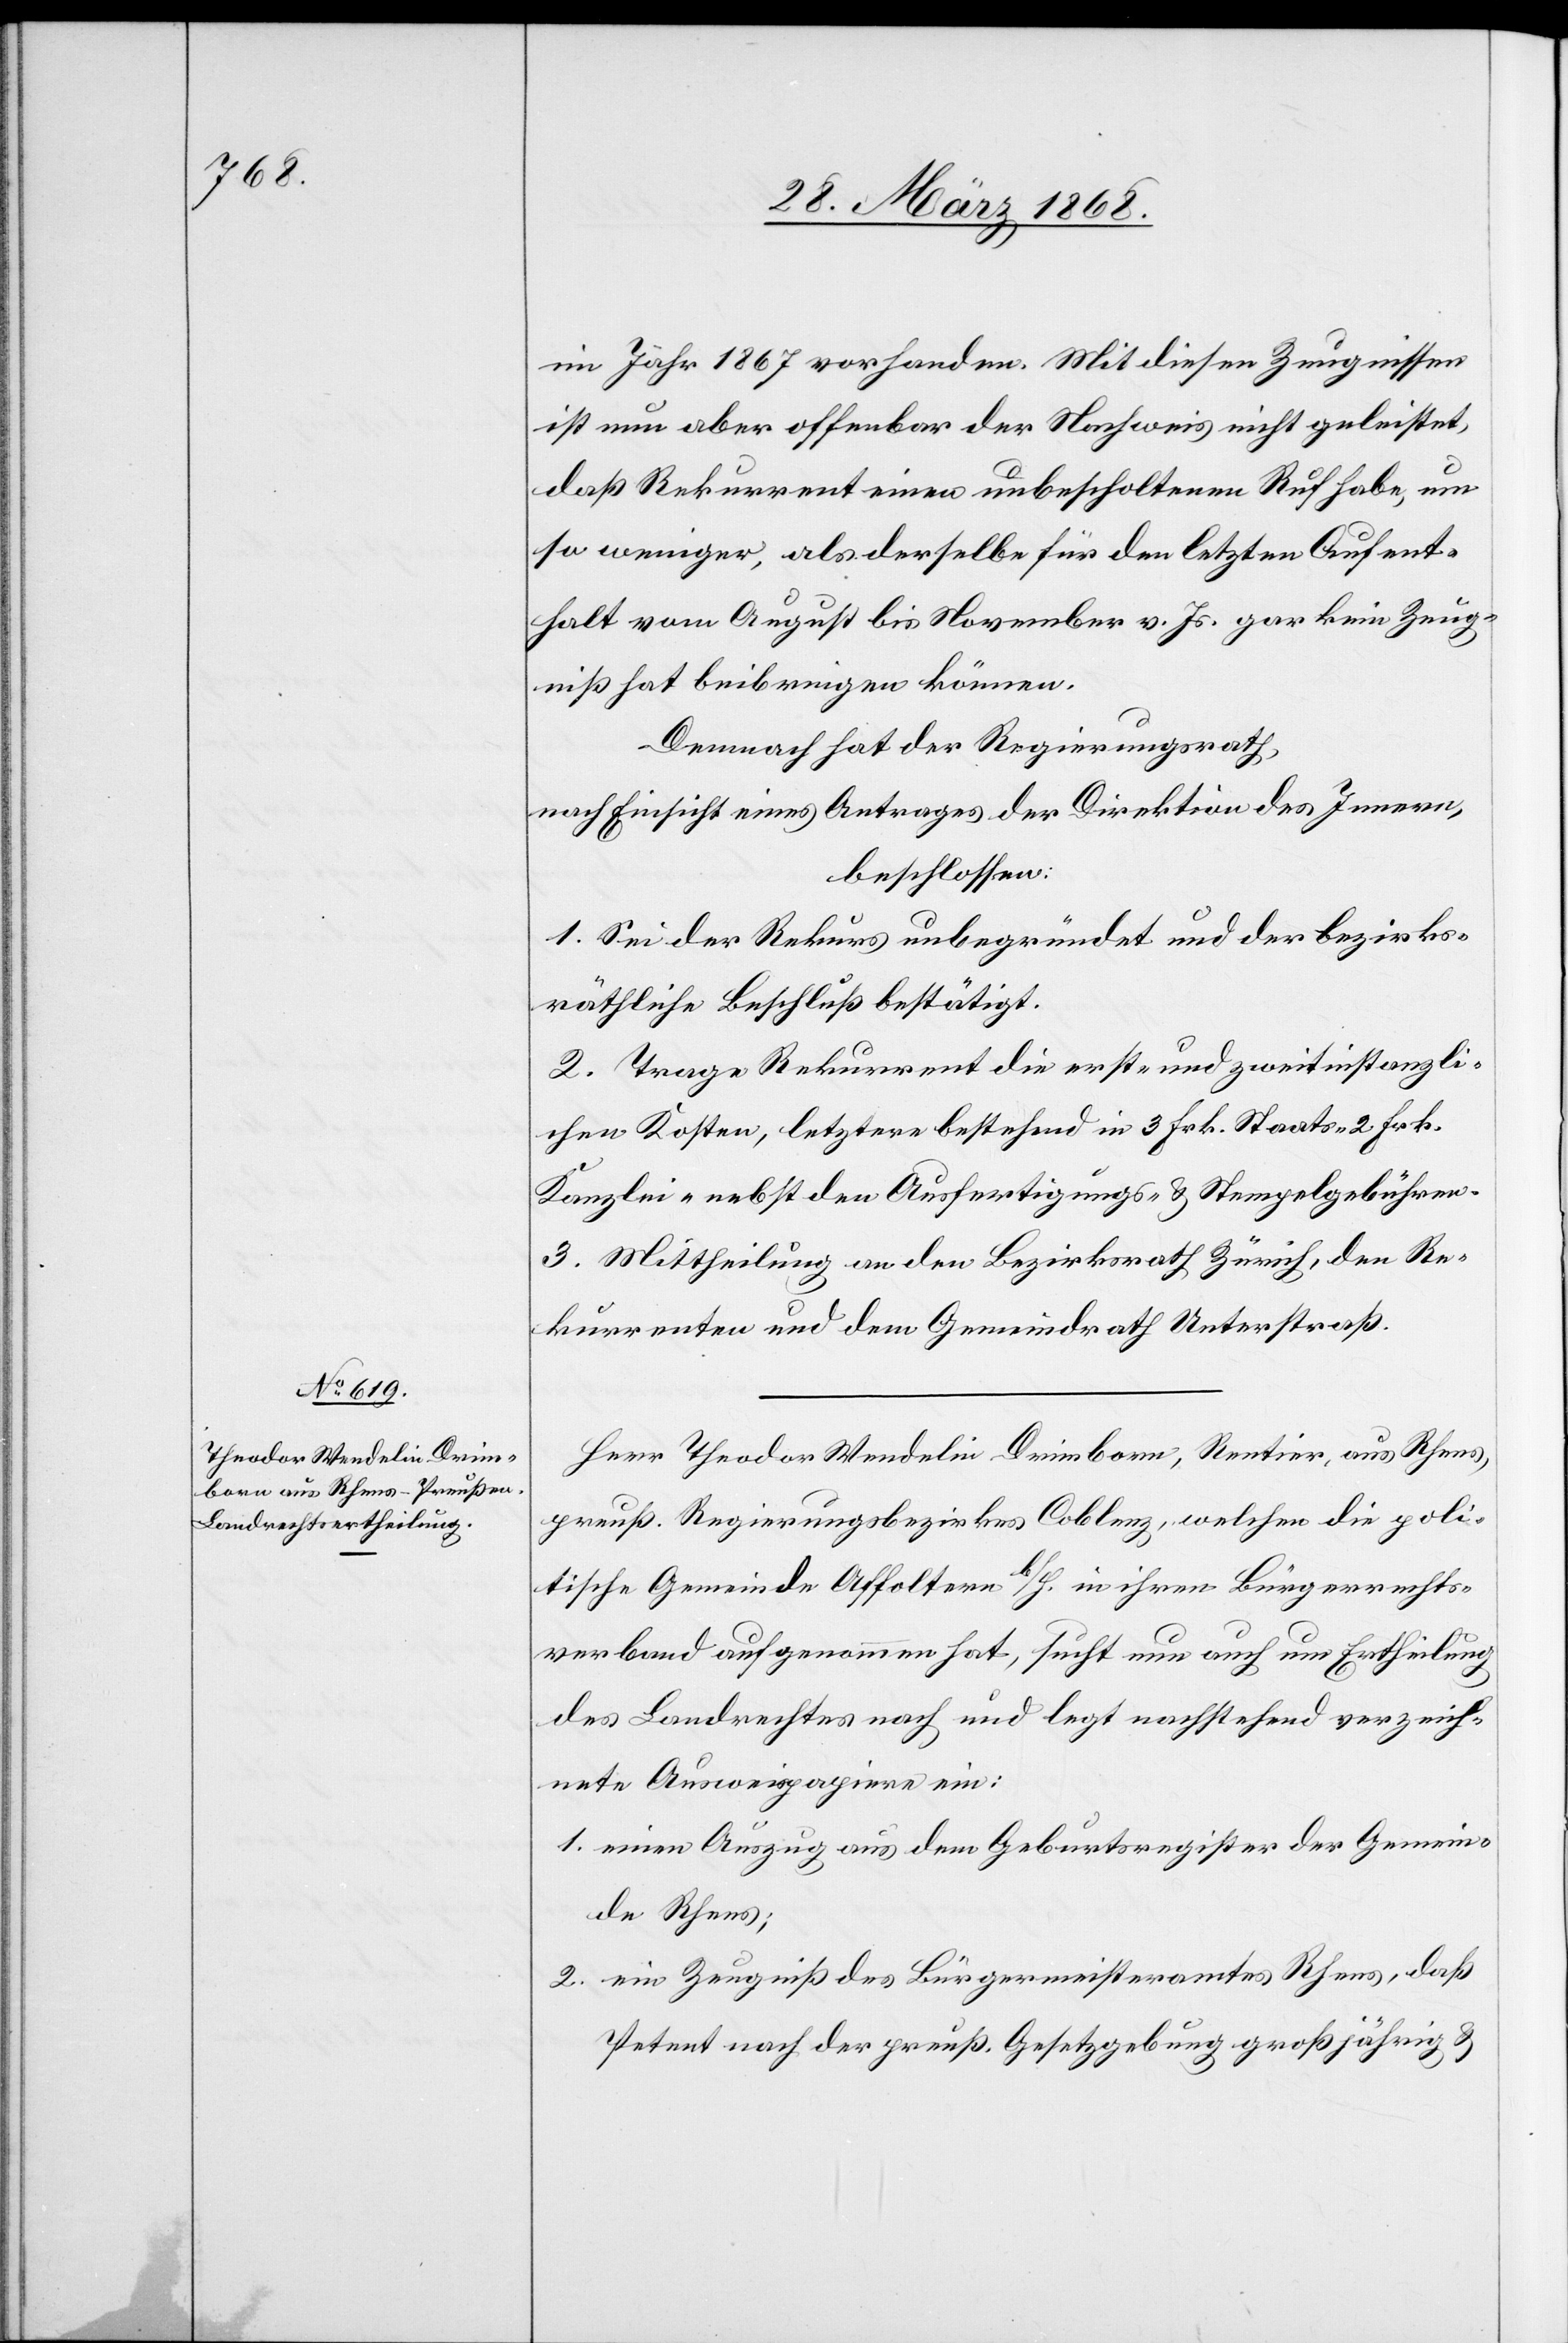
im Jahr 1867 vorhanden. Mit diesen Zeugnissen
ist nun aber offenbar der Nachweis nicht geleistet,
daß Rekurrent einen unbescholtenen Ruf habe, um
so weniger, als derselbe für den letzten Aufent¬
halt vom August bis November v. Js. gar kein Zeug¬
niß hat beibringen können.
Demnach hat der Regierungsrath,
nach Einsicht eines Antrages der Direktion des Innern,
beschlossen:
1. Sei der Rekurs unbegründet und der bezirks¬
räthliche Beschluß bestätigt.
2. Trage Rekurrent die erst- und zweitinstanzli¬
chen Kosten, letztere bestehend in 3 Frk. Staats-[,] 2 Frk.
Kanzlei-[,] nebst den Ausfertigungs- & Stempelgebühren.
3. Mittheilung an den Bezirksrath Zürich, den Re¬
kurrenten und dem Gemeindrath Unterstraß.
Herr Theodor Wendelin Drimborn, Rentier, aus Rhens,
preuß. Regierungsbezirkes Coblenz, welchen die poli¬
tische Gemeinde Affoltern b/H. in ihren Bürgerrechts¬
verband aufgenommen hat, sucht nun auch um Ertheilung
des Landrechtes nach und legt nachstehend verzeich¬
nete Ausweispapiere ein:
einen Auszug aus dem Geburtsregister der Gemein¬
de Rhens;
ein Zeugniß des Bürgermeisteramtes Rhens, daß
Petent nach der preuß. Gesetzgebung großjährig &